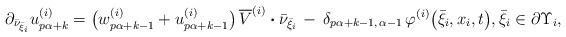
LaTeX: \begin{align*} \partial_{\bar{\nu}_{\bar{\xi}_i}} u^{(i)}_{p\alpha +k} = \big( w^{(i)}_{p\alpha +k -1} + u^{(i)}_{p\alpha +k -1} \big) \, \overline{V}^{(i)} \boldsymbol{\boldsymbol{\cdot}} \bar{\nu}_{\bar{\xi}_i} \, - \, \delta_{p\alpha +k -1, \, \alpha -1} \, \varphi^{(i)}\big(\bar{\xi}_i, x_i, t\big), \bar{\xi}_i \in \partial \Upsilon_i,\end{align*}